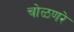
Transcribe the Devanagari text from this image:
चोळणरे